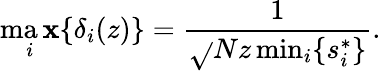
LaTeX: \operatorname*{ma\mathbf{x}}_{i}\{ \delta_{i}(z)\} =\frac{{1}}{{\sqrt{}{{Nz\operatorname*{min}_{i}\{ s_{i}^{*}\} }}}}.